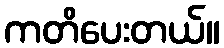
ကတိပေးတယ်။